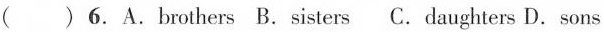
( )6.A.brothers B.sisters C.daughters D.sons